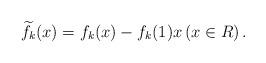
LaTeX: \begin{align*} \widetilde{f_{k}}(x)=f_{k}(x)-f_{k}(1) x \left(x\in R\right). \end{align*}